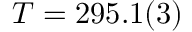
T = 2 9 5 . 1 ( 3 )